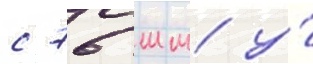
с 76 мм у́